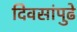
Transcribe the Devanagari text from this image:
दिवसांपुढे